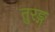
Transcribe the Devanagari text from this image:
तुरङ्ग